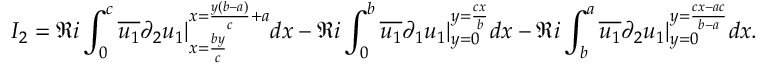
I _ { 2 } = \Re i \int _ { 0 } ^ { c } \overline { { u _ { 1 } } } \partial _ { 2 } u _ { 1 } | _ { x = \frac { b y } { c } } ^ { x = \frac { y ( b - a ) } { c } + a } d x - \Re i \int _ { 0 } ^ { b } \overline { { u _ { 1 } } } \partial _ { 1 } u _ { 1 } | _ { y = 0 } ^ { y = \frac { c x } { b } } d x - \Re i \int _ { b } ^ { a } \overline { { u _ { 1 } } } \partial _ { 2 } u _ { 1 } | _ { y = 0 } ^ { y = \frac { c x - a c } { b - a } } d x .